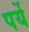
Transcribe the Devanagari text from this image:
पर्ये